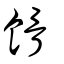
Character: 餶